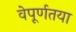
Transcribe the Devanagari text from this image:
वेपूर्णतया